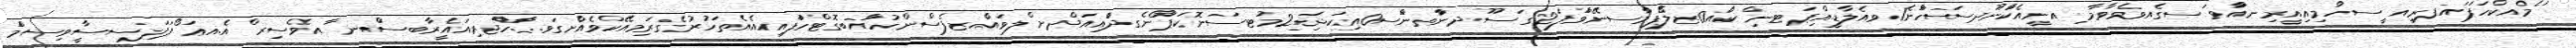
ަމެއކްހަަފައަފރިިއ ީސހުްމިއިއީރިނއާަވ ަސގެެއވެވާމާ ިއނީއެކުްނޫދސަހަްނެ1ވއެލާޑީ.އިްޕަޓނި ްކއެް0ޒލޭޯޕމާްސނޭވަްފަ2ގ ަސޫދނާަތނަްސ0އިކަޝަި2މުޓސަނޮކަޕޯަނެގދުެއިއަދްށ ްލވައްެޒފެސްންހުއްުބގޮޓްހުަފއިއެއެތަހުރުގެރިަމއޭކްވެއެްށގަަވ.ހާެޖރިއައެީރާބސަްނ ާއވެސިރ ްއެ.އޢަ ޯޕަފަސސީާވިސމްަ